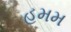
હમમ